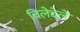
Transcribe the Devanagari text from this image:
विलेदेले